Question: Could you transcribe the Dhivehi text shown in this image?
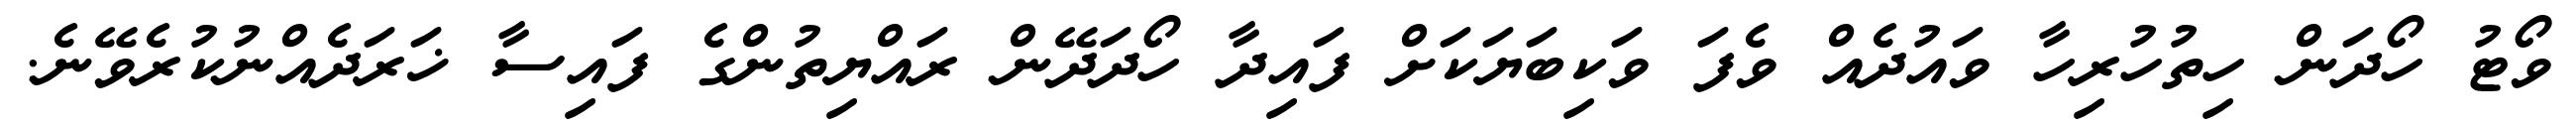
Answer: ވޯޓު ހޯދަން ހިތުހުރިހާ ވައުދެއް ވެފަ ވަކިބަޔަކަށް ފައިދާ ހޯދަދޭން ރައްޔިތުންގެ ފައިސާ ޚަރަދެއްނުކުރެވޭނެ.